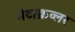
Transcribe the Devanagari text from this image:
मेटाक्रव्लर